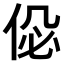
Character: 𠉘